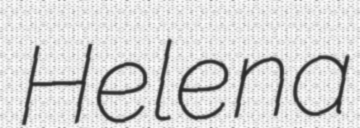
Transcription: Helena